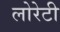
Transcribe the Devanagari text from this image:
लोरेटी